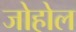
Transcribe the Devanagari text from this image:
जोहोल